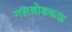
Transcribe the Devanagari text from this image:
गॉरबोडकफ़